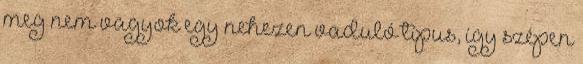
meg nem vagyok egy nehezen vaduló típus, így szépen